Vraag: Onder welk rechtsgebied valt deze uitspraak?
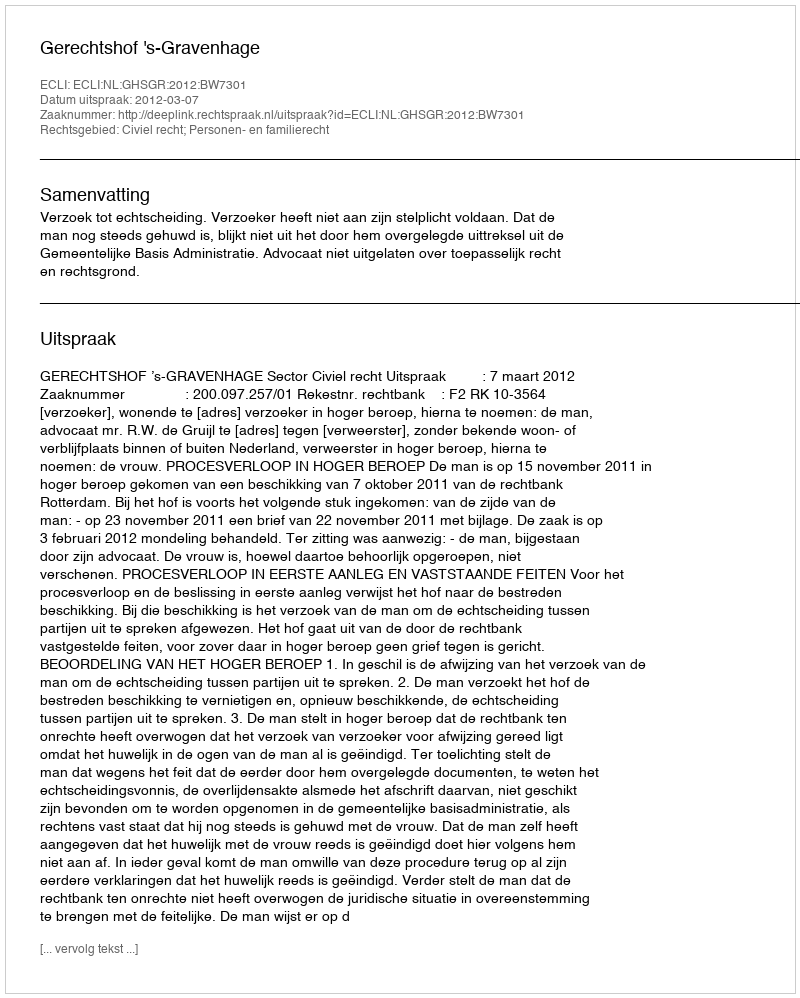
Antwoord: Civiel recht; Personen- en familierecht